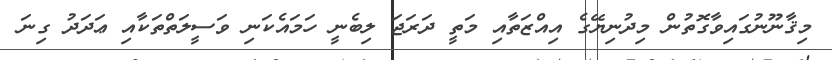
މިޤާނޫނުގައިވާގޮތުން މިދުނިޔޭގެ އިއްޒަތާއި މަތީ ދަރަޖަ ލިބެނީ ހަމައެކަނި ވަސީލަތްތަކާއި ޢަދަދު ގިނަ